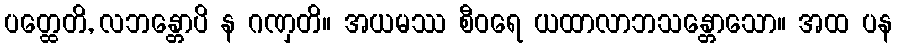
ပတ္ထေတိ, လဘန္တောပိ န ဂဏှတိ။ အယမဿ စီဝရေ ယထာလာဘသန္တောသော။ အထ ပန